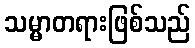
သမ္မာတရားဖြစ်သည်